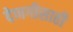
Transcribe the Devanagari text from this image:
देणगीसाठी